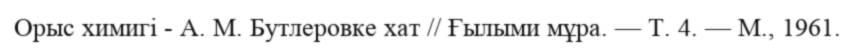
Орыс химигі - А. М. Бутлеровке хат // Ғылыми мұра. — Т. 4. — М., 1961.